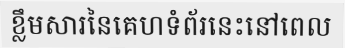
ខ្លឹមសារនៃគេហទំព័រនេះនៅពេល